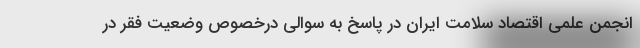
انجمن علمی اقتصاد سلامت ایران در پاسخ به سوالی درخصوص وضعیت فقر در